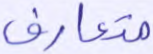
متعارف